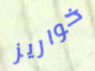
خواريز